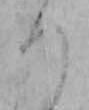
つ